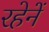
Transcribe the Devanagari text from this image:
रहेनें